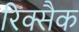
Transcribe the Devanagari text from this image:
रिक्सैक